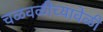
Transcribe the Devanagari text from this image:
चळवळीच्यावेळी